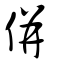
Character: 併